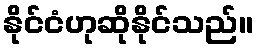
နိုင်ငံဟုဆိုနိုင်သည်။